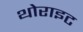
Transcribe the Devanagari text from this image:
थोराइट